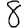
Digit: 8